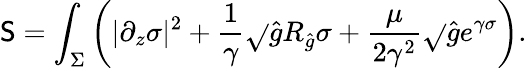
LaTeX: \mathsf{S}=\int_{\Sigma}\left(|\partial_{z}\sigma|^{2}+{\frac{{1}}{{\gamma}}}\sqrt{}{{\hat{{g}}}}R_{\hat{{g}}}\sigma+{\frac{{\mu}}{{2\gamma^{2}}}}\sqrt{}{{\hat{{g}}}}e^{\gamma\sigma}\right).